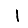
Digit: 1